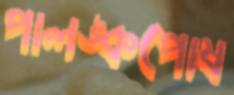
পালঙ্কপোষ